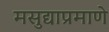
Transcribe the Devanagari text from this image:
मसुद्याप्रमाणे